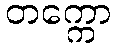
တက္ကော